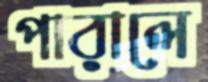
পারালে